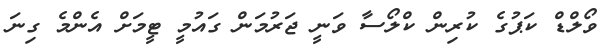
ވޯލްޑް ކަޕުގެ ކުރިން ކްލޯސާ ވަނީ ޖަރުމަން ގައުމީ ޓީމަށް އެންމެ ގިނަ